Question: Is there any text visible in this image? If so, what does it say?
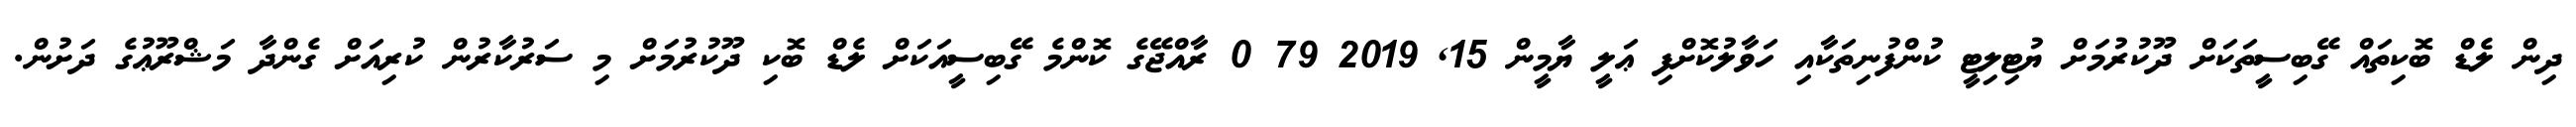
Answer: ދިން ލެޑް ބޮކިތައް ގޭބިސީތަކަށް ދޫކުރުމަށް ޔުޓިލިޓީ ކުންފުނިތަކާއި ހަވާލުކޮށްފި ޢަލީ ޔާމީން 15, 2019 79 0 ރާއްޖޭގެ ކޮންމެ ގޭބިސީއަކަށް ލެޑް ބޮކި ދޫކުރުމަށް މި ސަރުކާރުން ކުރިއަށް ގެންދާ މަޝްރޫޢުގެ ދަށުން.